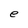
Character: e